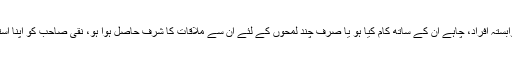
ہم میڈیا سے وابستہ افراد، چاہے ان کے ساتھ کام کیا ہو یا صرف چند لمحوں کے لئے ان سے ملاقات کا شرف حاصل ہوا ہو، نقی صاحب کو اپنا استاد مانتے ہیں۔